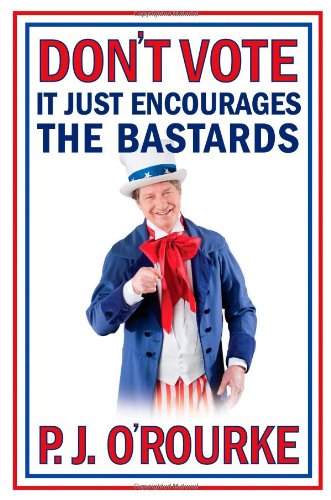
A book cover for Don't Vote It Just Encourages the Bastards; P.  J. O'Rourke; Humor & Entertainment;